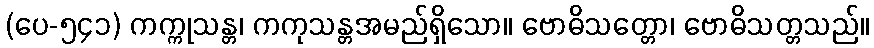
(ပေ-၅၄၁) ကက္ကုသန္တ၊ ကကုသန္တအမည်ရှိသော။ ဗောဓိသတ္တော၊ ဗောဓိသတ္တသည်။